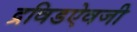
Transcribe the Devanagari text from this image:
द्रविडऐवजी